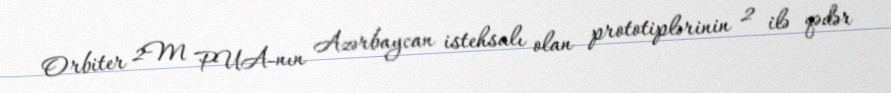
Orbiter 2M PUA-nın Azərbaycan istehsalı olan prototiplərinin 2 ilə qədər